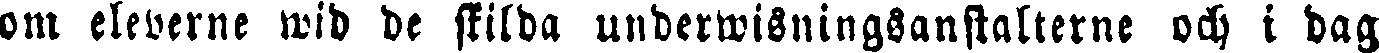
om eleverne wid de skilda underwisningsanstalterne och i dag